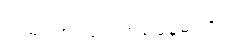
လမ်း အရမ်း ကြပ်နေမလား။